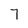
Character: 7